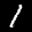
Label: 1